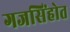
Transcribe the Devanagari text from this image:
गजसिंहोत